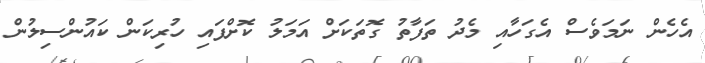
އެހެން ނަމަވެސް އެގަހާއި މެދު ތަފާތު ގޮތަކަށް އަމަލު ކޮށްފައި ހުރިކަން ކައުންސިލުން